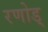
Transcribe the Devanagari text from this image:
रणोड्